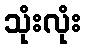
သုံးလုံး